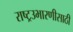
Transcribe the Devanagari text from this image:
राष्ट्रउभारणीसाठी